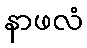
နာဖလံ